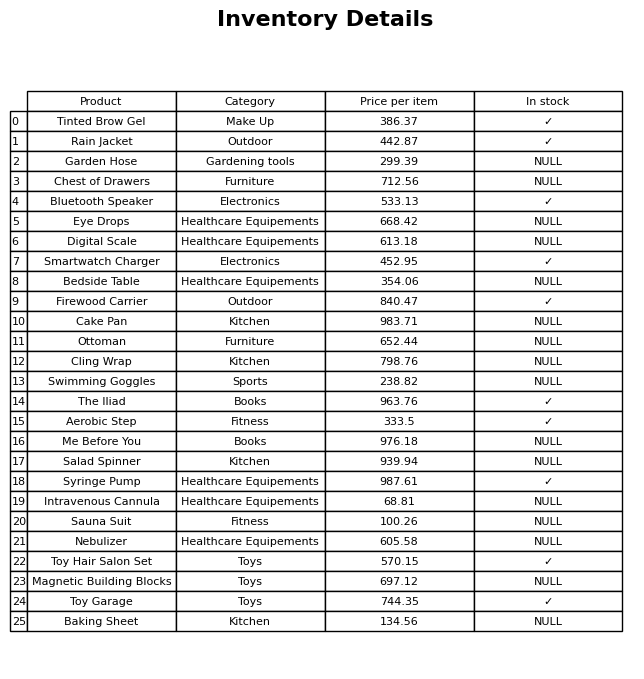
question: What is the price of the Sauna Suit?
answer: The price of Sauna Suit is 100.26.